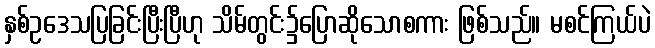
နှစ်ဥဒေသပြခြင်းပြီးပြီဟု သိမ်တွင်း၌ပြောဆိုသောစကား ဖြစ်သည်။ မစင်ကြယ်ပဲ